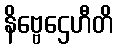
နိဗ္ဗေဌေဟီတိ